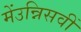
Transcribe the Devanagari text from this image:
मेंउन्निसवीं